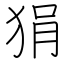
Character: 狷